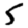
Digit: 5